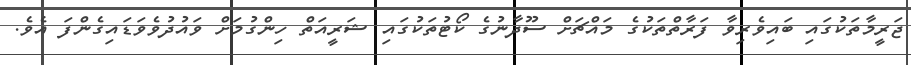
ޖަރީމާތަކުގައި ބައިވެރިވާ ފަރާތްތަކުގެ މައްޗަށް ސޫދާނުގެ ކޯޓުތަކުގައި ޝަރީއަތް ހިންގުމަށް ވައުދުވެވަޑައިގެންފަ އެވެ.